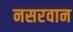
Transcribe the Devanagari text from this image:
नसरवान